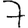
Digit: 7